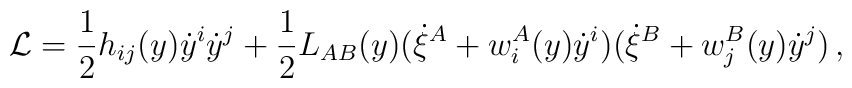
{\cal L} = \frac{1}{2} h_{ij}(y) \dot{y}^i \dot{y}^j  + \frac{1}{2} L_{AB}(y) (\dot{\xi}^A + w^A_i(y) \dot{y}^i) (\dot{\xi}^B + w^B_j(y) \dot{y}^j)\,,